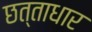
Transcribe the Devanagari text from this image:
छत्ताधार